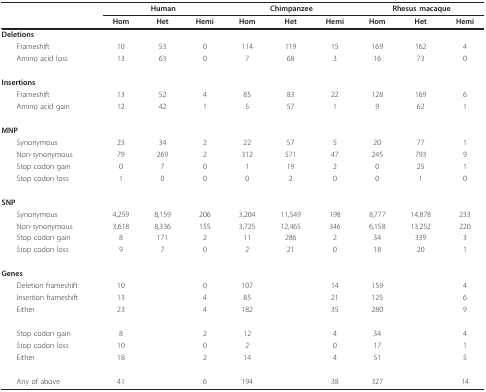
<table><thead><tr><td></td><td colspan="3"><b>Human</b></td><td colspan="3"><b>Chimpanzee</b></td><td colspan="3"><b>Rhesus macaque</b></td></tr><tr><td></td><td><b>Hom</b></td><td><b>Het</b></td><td><b>Hemi</b></td><td><b>Hom</b></td><td><b>Het</b></td><td><b>Hemi</b></td><td><b>Hom</b></td><td><b>Het</b></td><td><b>Hemi</b></td></tr></thead><tbody><tr><td><b>Deletions</b></td><td></td><td></td><td></td><td></td><td></td><td></td><td></td><td></td><td></td></tr><tr><td> Frameshift</td><td>10</td><td>53</td><td>0</td><td>114</td><td>119</td><td>15</td><td>169</td><td>162</td><td>4</td></tr><tr><td> Amino acid loss</td><td>13</td><td>63</td><td>0</td><td>7</td><td>68</td><td>3</td><td>16</td><td>73</td><td>0</td></tr><tr><td><b>Insertions</b></td><td></td><td></td><td></td><td></td><td></td><td></td><td></td><td></td><td></td></tr><tr><td> Frameshift</td><td>13</td><td>52</td><td>4</td><td>85</td><td>83</td><td>22</td><td>128</td><td>169</td><td>6</td></tr><tr><td> Amino acid gain</td><td>12</td><td>42</td><td>1</td><td>5</td><td>57</td><td>1</td><td>9</td><td>62</td><td>1</td></tr><tr><td><b>MNP</b></td><td></td><td></td><td></td><td></td><td></td><td></td><td></td><td></td><td></td></tr><tr><td> Synonymous</td><td>23</td><td>34</td><td>2</td><td>22</td><td>57</td><td>5</td><td>20</td><td>77</td><td>1</td></tr><tr><td> Non-synonymous</td><td>79</td><td>269</td><td>2</td><td>312</td><td>571</td><td>47</td><td>245</td><td>793</td><td>9</td></tr><tr><td> Stop codon gain</td><td>0</td><td>7</td><td>0</td><td>1</td><td>19</td><td>2</td><td>0</td><td>25</td><td>1</td></tr><tr><td> Stop codon loss</td><td>1</td><td>0</td><td>0</td><td>0</td><td>2</td><td>0</td><td>0</td><td>1</td><td>0</td></tr><tr><td><b>SNP</b></td><td></td><td></td><td></td><td></td><td></td><td></td><td></td><td></td><td></td></tr><tr><td> Synonymous</td><td>4,259</td><td>8,159</td><td>206</td><td>3,204</td><td>11,549</td><td>198</td><td>8,777</td><td>14,878</td><td>233</td></tr><tr><td> Non-synonymous</td><td>3,618</td><td>8,336</td><td>155</td><td>3,725</td><td>12,465</td><td>346</td><td>6,158</td><td>13,252</td><td>220</td></tr><tr><td> Stop codon gain</td><td>8</td><td>171</td><td>2</td><td>11</td><td>286</td><td>2</td><td>34</td><td>339</td><td>3</td></tr><tr><td> Stop codon loss</td><td>9</td><td>7</td><td>0</td><td>2</td><td>21</td><td>0</td><td>18</td><td>20</td><td>1</td></tr><tr><td><b>Genes</b></td><td></td><td></td><td></td><td></td><td></td><td></td><td></td><td></td><td></td></tr><tr><td> Deletion frameshift</td><td>10</td><td></td><td>0</td><td>107</td><td></td><td>14</td><td>159</td><td></td><td>4</td></tr><tr><td> Insertion frameshift</td><td>13</td><td></td><td>4</td><td>85</td><td></td><td>21</td><td>125</td><td></td><td>6</td></tr><tr><td> Either</td><td>23</td><td></td><td>4</td><td>182</td><td></td><td>35</td><td>280</td><td></td><td>9</td></tr><tr><td> Stop codon gain</td><td>8</td><td></td><td>2</td><td>12</td><td></td><td>4</td><td>34</td><td></td><td>4</td></tr><tr><td> Stop codon loss</td><td>10</td><td></td><td>0</td><td>2</td><td></td><td>0</td><td>17</td><td></td><td>1</td></tr><tr><td> Either</td><td>18</td><td></td><td>2</td><td>14</td><td></td><td>4</td><td>51</td><td></td><td>5</td></tr><tr><td> Any of above</td><td>41</td><td></td><td>6</td><td>194</td><td></td><td>38</td><td>327</td><td></td><td>14</td></tr></tbody></table>